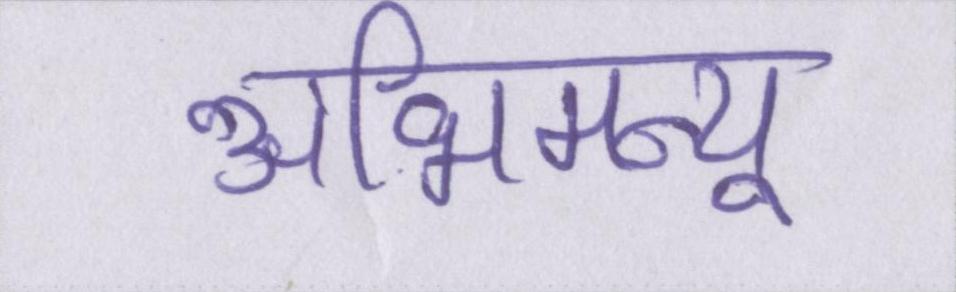
अभिमन्यू